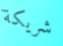
شريكة